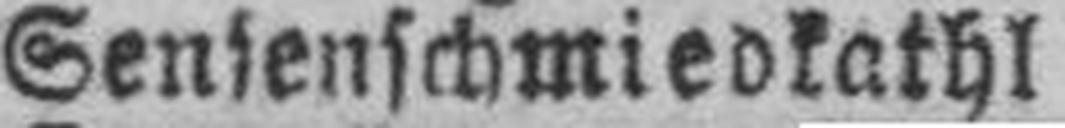
Sensenschmiedkathl